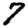
Digit: 7